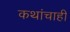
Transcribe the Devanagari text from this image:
कथांचाही